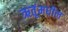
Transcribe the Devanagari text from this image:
ऋतूंमधील